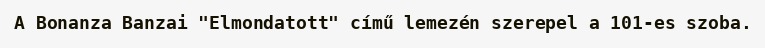
A Bonanza Banzai "Elmondatott" című lemezén szerepel a 101-es szoba.